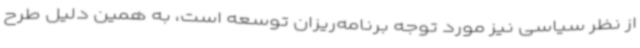
از نظر سیاسی نیز مورد توجه برنامه‌ریزان توسعه است، به همین دلیل طرح